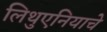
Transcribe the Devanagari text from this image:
लिथुएनियाचे